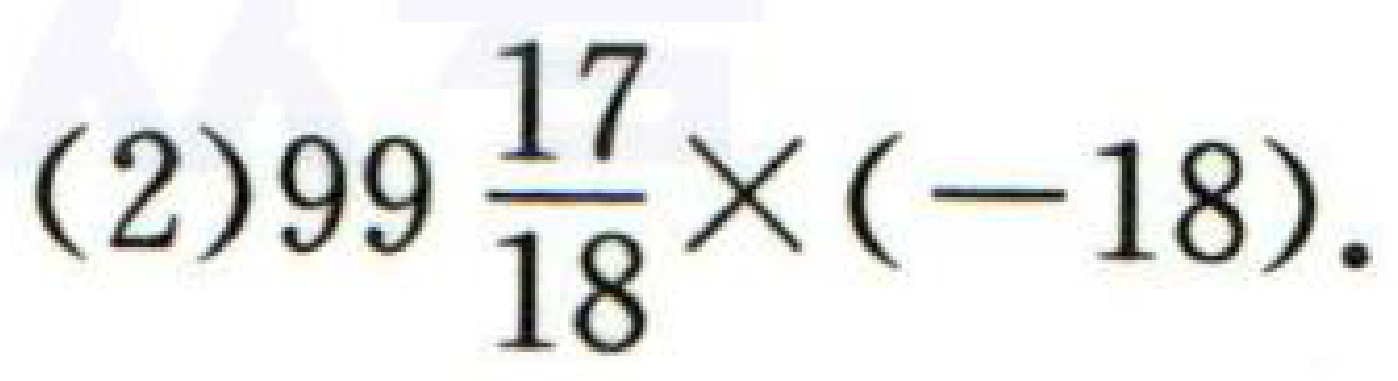
(2)\(99\frac{17}{18}\times(-18)\).